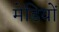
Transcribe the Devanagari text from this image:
मेडियों